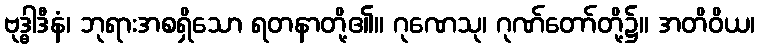
ဗုဒ္ဓါဒီနံ၊ ဘုရားအစရှိသော ရတနာတို့၏။ ဂုဏေသု၊ ဂုဏ်တော်တို့၌။ အတိဝိယ၊